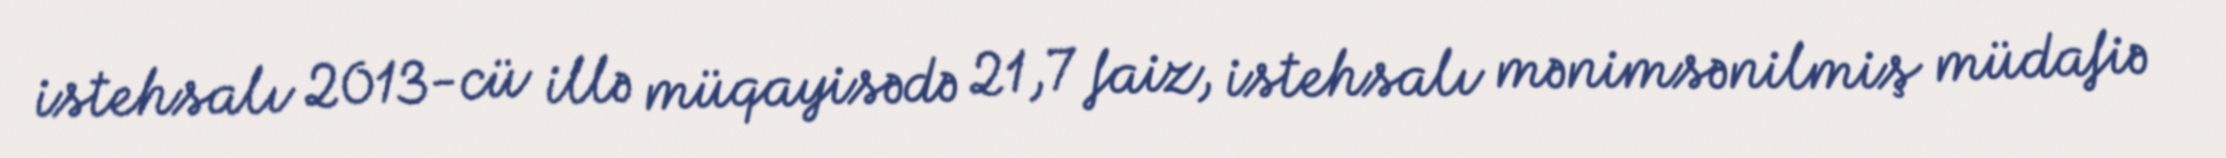
istehsalı 2013-cü illə müqayisədə 21,7 faiz, istehsalı mənimsənilmiş müdafiə